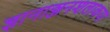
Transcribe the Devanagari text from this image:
ज्ञानाञ्जनशलाकया